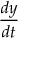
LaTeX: \frac { d y } { d t }